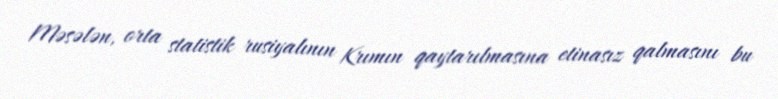
Məsələn, orta statistik rusiyalının Krımın qaytarılmasına etinasız qalmasını bu